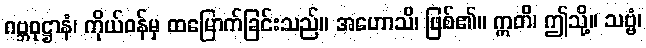
ဂဗ္ဘဝုဋ္ဌာနံ၊ ကိုယ်ဝန်မှ ထမြောက်ခြင်းသည်။ အဟောသိ၊ ဖြစ်၏။ ဣတိ၊ ဤသို့။ သဗ္ဗံ၊